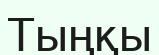
Тыңқы